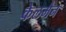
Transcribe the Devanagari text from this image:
केलमैन